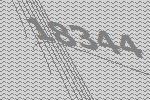
18344